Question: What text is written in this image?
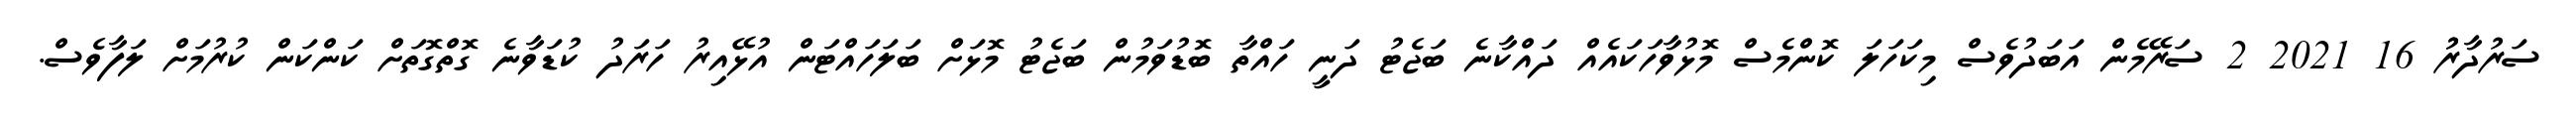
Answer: ސަރުދާރުު 16 2021 2 ސަރޭމެން އަބަދުވެސް މިކަހަލަ ކޮންމެސް މޮޅުވާހަކައެއް ދައްކާނެ ބަޖެޓު ދަނީ ހައްތާ ބޮޑުވަމުން ބަޖެޓު މޮޅަށް ބަލަހައްޓަން އުޅޭއިރު ހަރަދު ކުޑަވާނެ ގޮތްގޮތަށް ކަންކަން ކުރުމަށް ލަފާވެސް.